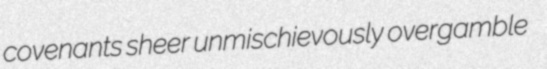
covenants sheer unmischievously overgamble